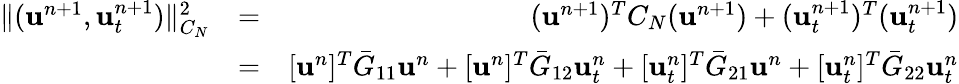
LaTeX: \begin{array}{rlr}{\Vert({\mathbf u}^{n+1},\textbf{u}_{t}^{n+1})\Vert_{C_{N}}^{2}}&{=}&{(\textbf{u}^{n+1})^{T}C_{N}(\textbf{u}^{n+1})+(\textbf{u}_{t}^{n+1})^{T}(\textbf{u}_{t}^{n+1})}\\ &{=}&{[{\mathbf u}^{n}]^{T}\bar{G}_{11}{\mathbf u}^{n}+[{\mathbf u}^{n}]^{T}\bar{G}_{12}{\mathbf u}_{t}^{n}+[{\mathbf u}_{t}^{n}]^{T}\bar{G}_{21}{\mathbf u}^{n}+[{\mathbf u}_{t}^{n}]^{T}\bar{G}_{22}{\mathbf u}_{t}^{n}}\end{array}